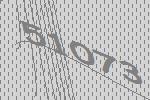
51073